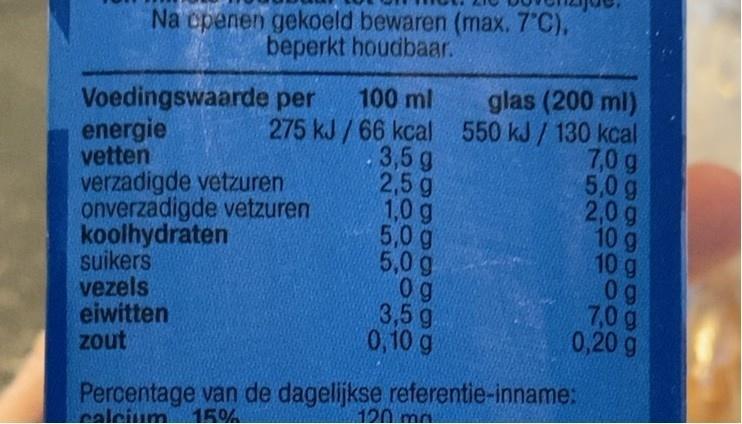
Na cpenen gekoeld bewaren (max. 7'C), beperkt houdbaar.
100 ml
glas (200 ml)
Voedingswaarde per energie vetten verzadigde vetzuren onverzadigde vetzuren koolhydraten suikers vezels eiwitten zout
275 kJ/66 kcal 550 kJ/ 130 kcal 7,0 g 5,0 g 2,0 g 10 g 10 g 0g 7,0 g 0,20 g
3,5 g 2,5 g 1,0 g 5,0 g 5,0 g
3,5 g. 0,10 g
Percentage van de dagelijkse referentie-inname: calcium 15%.
120 mg